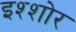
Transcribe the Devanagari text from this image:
इश्शोर